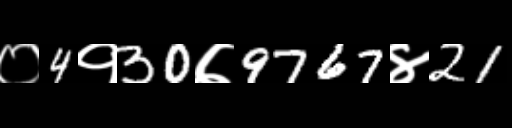
Text: ०4१30७9767४21